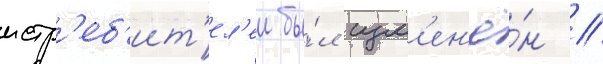
истр'еб'ит'ел'еи бы́л изм'ен'ё́н //